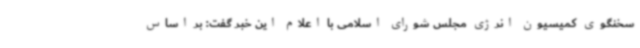
سخنگوی کمیسیون انرژی مجلس شورای اسلامی با اعلام این خبر گفت: بر اساس